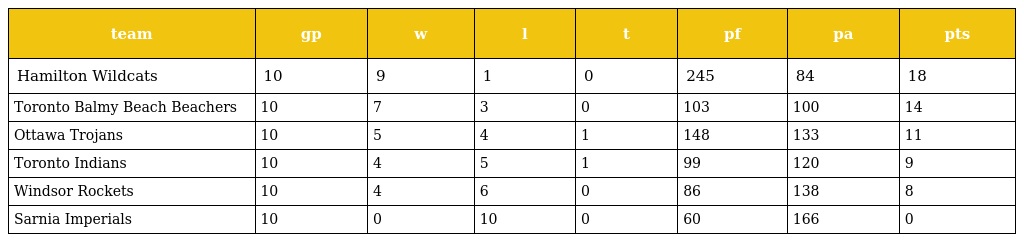
| team | gp | w | l | t | pf | pa | pts |
 | --- | --- | --- | --- | --- | --- | --- | --- |
 | Hamilton Wildcats | 10 | 9 | 1 | 0 | 245 | 84 | 18 |
 | Toronto Balmy Beach Beachers | 10 | 7 | 3 | 0 | 103 | 100 | 14 |
 | Ottawa Trojans | 10 | 5 | 4 | 1 | 148 | 133 | 11 |
 | Toronto Indians | 10 | 4 | 5 | 1 | 99 | 120 | 9 |
 | Windsor Rockets | 10 | 4 | 6 | 0 | 86 | 138 | 8 |
 | Sarnia Imperials | 10 | 0 | 10 | 0 | 60 | 166 | 0 |